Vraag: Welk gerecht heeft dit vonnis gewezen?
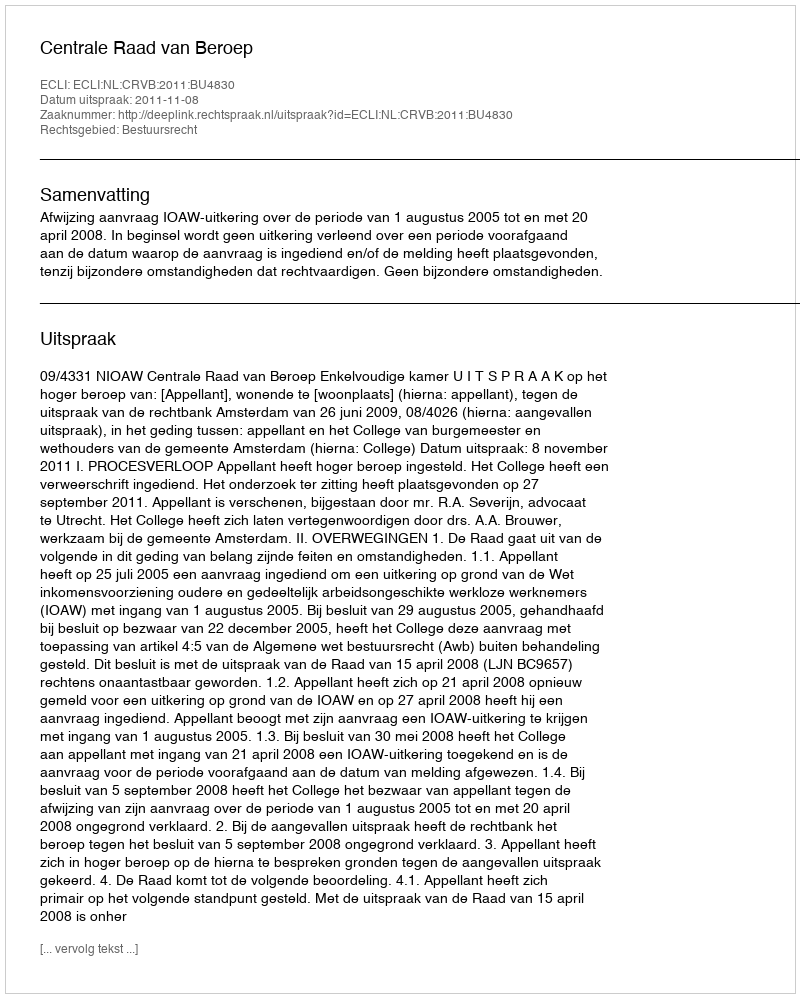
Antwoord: Centrale Raad van Beroep